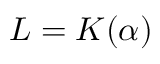
L = K ( \alpha )